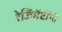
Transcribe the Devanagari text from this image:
रेजिमेंटींनी